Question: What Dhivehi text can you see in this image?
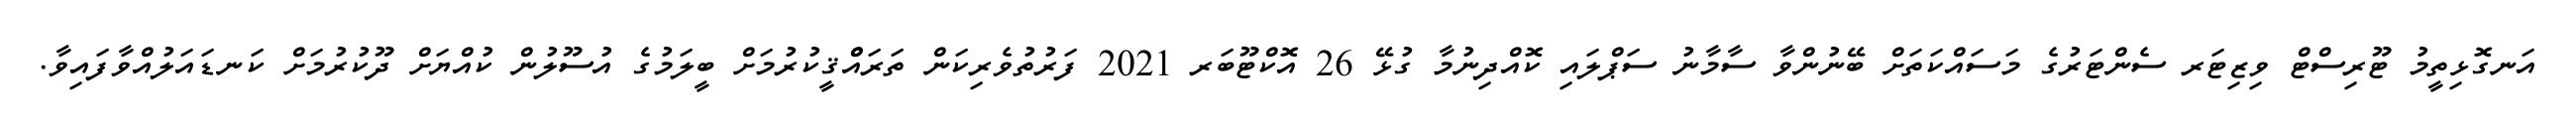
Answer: އަނގޮޅިތީމު ޓޫރިސްޓް ވިޒިޓަރ ސެންޓަރުގެ މަސައްކަތަށް ބޭނުންވާ ސާމާނު ސަޕްލައި ކޮއްދިނުމާ ގުޅޭ 26 އޮކްޓޫބަރ 2021 ފަރުތުވެރިކަން ތަރައްްޤީކުރުމަށް ބީލަމުގެ އުސޫލުން ކުއްޔަށް ދޫކުރުމަށް ކަނޑައަލުއްވާފައިވާ.